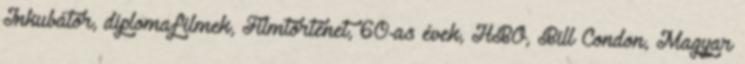
Inkubátor, diplomafilmek, Filmtörténet, 60-as évek, HBO, Bill Condon, Magyar